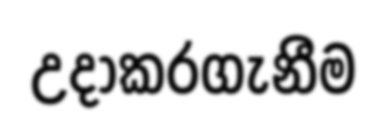
උදාකරගැනීම